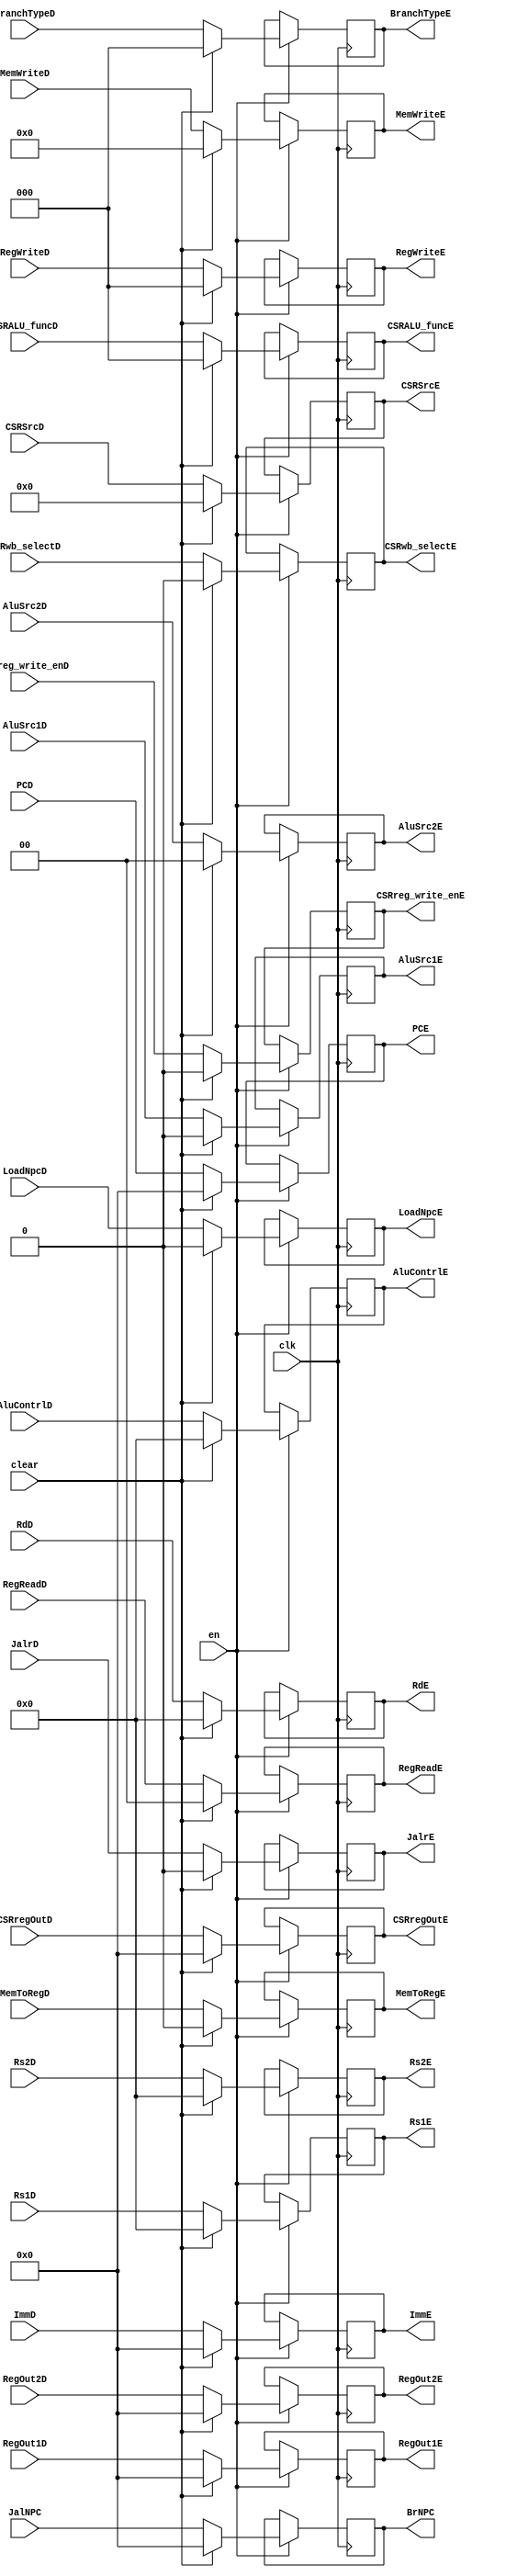
`timescale 1ns / 1ps 
//////////////////////////////////////////////////////////////////////////////////
// Company: USTC ESLAB
//
// Design Name: RISCV-Pipline CPU
// Module Name: EXSegReg
// Target Devices: Nexys4
// Tool Versions: Vivado 2017.4.1
// Description: ID-EX Segment Register
//////////////////////////////////////////////////////////////////////////////////
//
//EN==0
//
//

module EXSegReg(
           input wire clk,
           input wire en,
           input wire clear,
           //Data Signals
           input wire [31: 0] PCD,
           output reg [31: 0] PCE,
           input wire [31: 0] JalNPC,
           output reg [31: 0] BrNPC,
           input wire [31: 0] ImmD,
           output reg [31: 0] ImmE,
           input wire [4: 0] RdD,
           output reg [4: 0] RdE,
           input wire [4: 0] Rs1D,
           output reg [4: 0] Rs1E,
           input wire [4: 0] Rs2D,
           output reg [4: 0] Rs2E,
           input wire [31: 0] RegOut1D,
           output reg [31: 0] RegOut1E,
           input wire [31: 0] RegOut2D,
           output reg [31: 0] RegOut2E,
           //Control Signals
           input wire JalrD,
           output reg JalrE,
           input wire [2: 0] RegWriteD,
           output reg [2: 0] RegWriteE,
           input wire MemToRegD,
           output reg MemToRegE,
           input wire [3: 0] MemWriteD,
           output reg [3: 0] MemWriteE,
           input wire LoadNpcD,
           output reg LoadNpcE,
           input wire [1: 0] RegReadD,
           output reg [1: 0] RegReadE,
           input wire [2: 0] BranchTypeD,
           output reg [2: 0] BranchTypeE,
           input wire [4: 0] AluContrlD,
           output reg [4: 0] AluContrlE,
           input wire AluSrc1D,
           output reg AluSrc1E,
           input wire [1: 0] AluSrc2D,
           output reg [1: 0] AluSrc2E,
           input wire CSRreg_write_enD,
           output reg CSRreg_write_enE,
           input wire [2: 0] CSRALU_funcD,
           output reg [2: 0]CSRALU_funcE,
           input wire CSRwb_selectD,
           output reg CSRwb_selectE,
           input wire [31: 0] CSRregOutD,
           output reg [31: 0] CSRregOutE,
           input wire [11: 0] CSRSrcD,
           output reg [11: 0] CSRSrcE
       );
initial
begin
    PCE = 32'b0;
    BrNPC = 32'b0;
    ImmE = 32'b0;
    RdE = 32'b0;
    Rs1E = 5'b0;
    Rs2E = 5'b0;
    RegOut1E = 32'b0;
    RegOut2E = 32'b0;
    JalrE = 1'b0;
    RegWriteE = 1'b0;
    MemToRegE = 1'b0;
    MemWriteE = 1'b0;
    LoadNpcE = 1'b0;
    RegReadE = 2'b00;
    BranchTypeE = 3'b0;
    AluContrlE = 5'b0;
    AluSrc1E = 1'b0;
    AluSrc2E = 2'b0;
    CSRreg_write_enE = 1'b0;
    CSRALU_funcE = 3'b0;
    CSRwb_selectE = 1'b0;
    CSRregOutE = 32'b0;
    CSRSrcE = 12'b0;
end
//
always@(posedge clk) begin
    if (en)
        if (clear)
        begin
            PCE <= 32'b0;
            BrNPC <= 32'b0;
            ImmE <= 32'b0;
            RdE <= 32'b0;
            Rs1E <= 5'b0;
            Rs2E <= 5'b0;
            RegOut1E <= 32'b0;
            RegOut2E <= 32'b0;
            JalrE <= 1'b0;
            RegWriteE <= 1'b0;
            MemToRegE <= 1'b0;
            MemWriteE <= 1'b0;
            LoadNpcE <= 1'b0;
            RegReadE <= 2'b00;
            BranchTypeE = 3'b0;
            AluContrlE <= 5'b0;
            AluSrc1E <= 1'b0;
            AluSrc2E <= 2'b0;
            CSRreg_write_enE <= 1'b0;
            CSRALU_funcE <= 3'b0;
            CSRwb_selectE <= 1'b0;
            CSRregOutE <= 32'b0;
            CSRSrcE = 12'b0;
        end else
        begin
            PCE <= PCD;
            BrNPC <= JalNPC;
            ImmE <= ImmD;
            RdE <= RdD;
            Rs1E <= Rs1D;
            Rs2E <= Rs2D;
            RegOut1E <= RegOut1D;
            RegOut2E <= RegOut2D;
            JalrE <= JalrD;
            RegWriteE = RegWriteD;
            MemToRegE <= MemToRegD;
            MemWriteE <= MemWriteD;
            LoadNpcE <= LoadNpcD;
            RegReadE <= RegReadD;
            BranchTypeE = BranchTypeD;
            AluContrlE <= AluContrlD;
            AluSrc1E <= AluSrc1D;
            AluSrc2E <= AluSrc2D;
            CSRreg_write_enE <= CSRreg_write_enD;
            CSRALU_funcE <= CSRALU_funcD;
            CSRwb_selectE <= CSRwb_selectD;
            CSRregOutE <= CSRregOutD;
            CSRSrcE <= CSRSrcD;
        end
end

endmodule